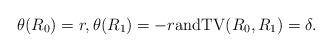
LaTeX: \begin{align*} \theta(R_0) = r, \theta(R_1) = -r \mbox{and} \mathrm{TV}(R_0, R_1) = \delta.\end{align*}